Vaccination in the Punjab 1905-1918 - 1905-1918
Year: 1905
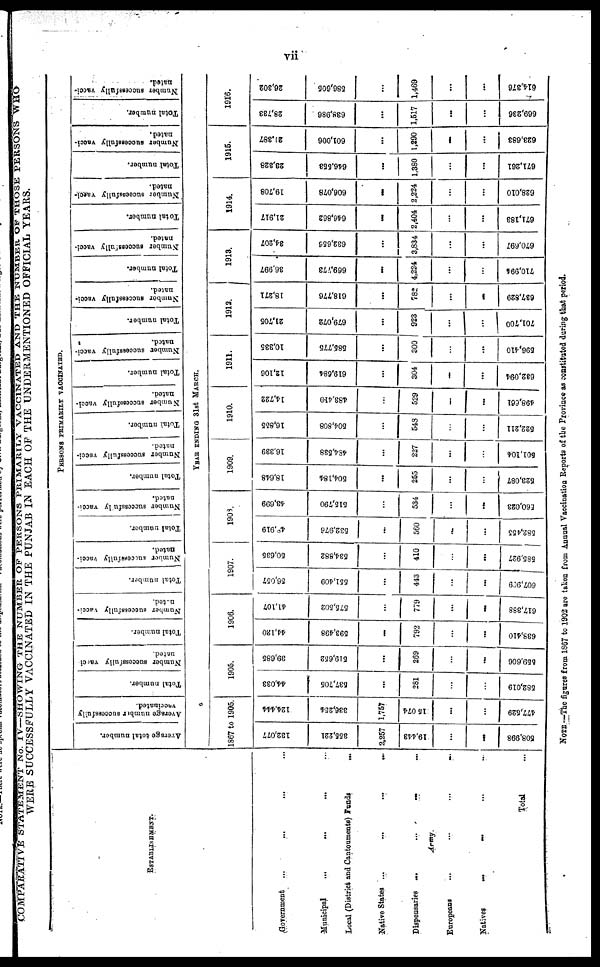
vii
COMPARATIVE STATEMENT NO. IV—SHOWING THE NUMBER OF PERSONS PRIMARILY VACCINATED AND THE NUMBER OF THOSE PERSONS WHO
WERE SUCCESSFULLY VACCINATED IN THE PUNJAB IN EACH OF THE UNDERMENTIONED OFFICIAL YEARS.
ESTABLISHMENT.
Government ... ... ... ...
Municipal
...
...
... ...
Local (District and Cantonments) Funds
...
Native States ... ... ... ...
Dispensaries
...
...
...
...
Army.
Europeans
...
...
...
...
Natives ... ... ... ...
Total ...
PERSONS PRIMARILY VACCINATED.
Average
total number.
Average number successfully
vaccinated.
Total number.
Number successfully vacci-
nated.
Total number.
Number successfully vacci-
nated.
Total number.
Number successfully Vacci-
nated.
Total number.
Number successfully vacci-
nated.
Total number.
Number successfully vacci-
nated.
Total number.
Number successfully vacci-
nated.
Total number.
Number successfully vacci-
nated.
Total number.
Number successfully vacci-
nated.
Total number.
Number successfully vacci-
nated.
Total number.
Number successfully vacci-
nated.
Total number.
Number successfully vacci-
nated.
Total number.
Number successfully vacci-
nated.
YEAR ENDING 31st MARCH.
1867 to 1905.
132,077
355,221
2,257
19,443
...
...
508,998
124,444
336,254
1,757
15,074
...
...
477,529
1905.
44,033
537,705
...
281
...
...
582,019
39,685
519,652
...
269
...
...
559,606
1906.
44,120
593,498
...
792
...
...
638,410
41,107
575,502
...
779
...
...
617,388
1907.
56,057
551,409
...
443
...
...
607,909
50,635
534,882
...
410
...
585,927
1908.
48,919
532,976
...
560
...
...
582,455
43,699
515,790
...
534
...
...
560,023
1909.
18,648
504,184
...
255
...
...
523,087
16,339
484,538
...
227
...
...
501,104
1910.
16,855
504,808
...
548
...
...
522,211
14,722
483,410
...
529
...
...
498,661
1911.
12,106
619,684
...
304
...
...
632,094
10,335
585,775
...
300
...
...
596,410
1912.
21,705
679,072
...
923
...
...
701,700
18,271
618,776
...
782
...
-
637,829
1913.
36,997
669,773
...
4,224
...
...
710,994
34,207
632,656
...
3,834
...
...
670,697
1914.
21,917
646,862
...
2,404
...
...
671,188
19,708
606,078
...
2,224
...
...
628,010
1915.
23,328
646,553
...
1,380
...
...
671,261
21,387
601,006
...
1,290
...
...
623,683
1916.
28,783
638,986
...
1,517
...
...
669,236
26,302
586,605
...
1,469
...
...
614,376
NOTE —The figures from 1867 to 1902 are taken from Annual Vaccination Reports of the Province as constituted during that period.